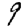
Digit: 9